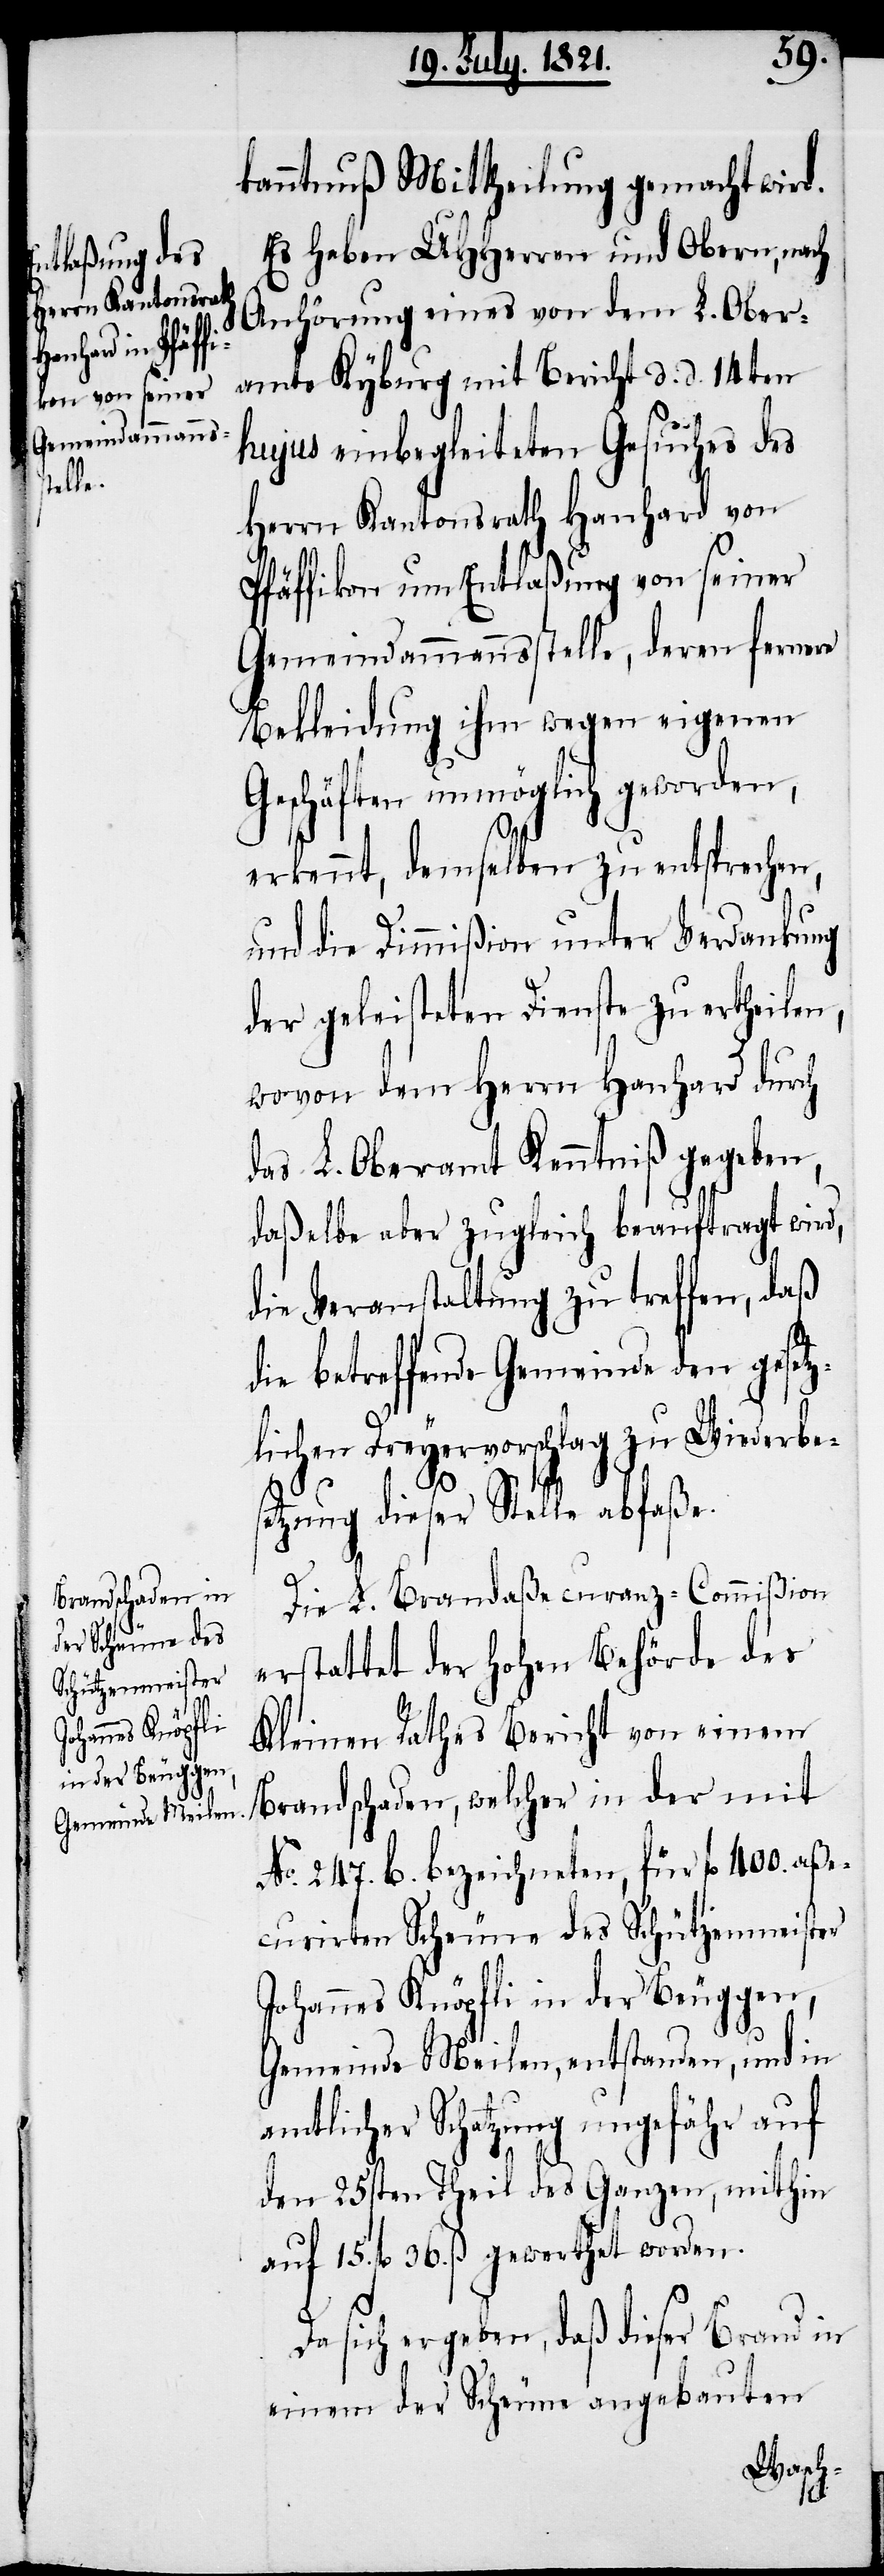
kanntnuß Mittheilung gemacht wird.
Es haben UHHerren und Obern, nach
Anhörung eines von dem L. Ober¬
amte Kyburg mit Bericht d. d. 14ten
hujus einbegleiteten Gesuches des
Herrn Kantonsrath Hanhard von
Pfäffikon um Entlaßung von seiner
Gemeindammannsstelle, deren fernere
Bekleidung ihm wegen eigenen
Geschäften unmöglich geworden,
erkennt, demselben zu entsprechen,
und die Dimmißion unter Verdankung
der geleisteten Dienste zu ertheilen,
wovon dem Herrn Hanhard durch
das L. Oberamt Kenntniß gegeben,
daßelbe aber zugleich beauftragt wird,
die Veranstaltung zu treffen, daß
die betreffende Gemeinde den gesetz¬
lichen Dreyervorschlag zu Wiederbes¬
etzung dieser Stelle abfaße.
Die L. Brandaßecuranz-Commißion
erstattet der hohen Behörde des
Kleinen Raths Bericht von einem
Brandschaden, welcher in der mit
No. 247. b. bezeichneten, für fl. 400. aße¬
curirten Scheune des Schützenmeister
Johannes Knöpfli in der Beuggen,
Gemeinde Meilen, entstanden, und in
amtlicher Schatzung ungefähr auf
den 25sten Theil des Ganzen, mithin
auf 15. fl. 36. ß gewerthet worden.
Da sich ergeben, daß dieser Brand in
einem der Scheune angebauten